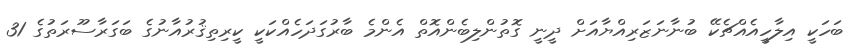
ބަހަކީ އިލާހީއެއްޗެކޭ ބުނާނަޒަރިއްޔާއަށް ދީނީ ގޮތުންލިބެންއޮތް އެންމެ ބާރުގަދަހެއްކަކީ ކީރިތިޤުރުއާނުގެ ބަގަރާސޫރަތުގެ 31